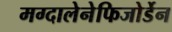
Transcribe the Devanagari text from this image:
मग्दालेनेफिजोर्डेन